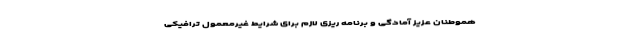
هموطنان عزیز آمادگی و برنامه ریزی لازم برای شرایط غیرمعمول ترافیکی